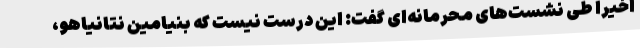
اخیرا طی نشست‌های محرمانه‌ای گفت: این درست نیست که بنیامین نتانیاهو،